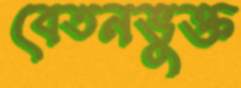
বেতনভুক্ত